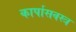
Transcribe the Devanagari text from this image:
कार्पासवस्त्र